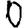
Digit: 0